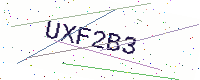
Text: UXF2B3